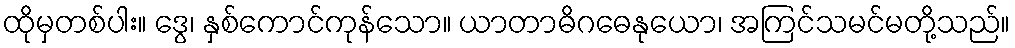
ထိုမှတစ်ပါး။ ဒွေ၊ နှစ်ကောင်ကုန်သော။ ယာတာဓိဂဓေနုယော၊ အကြင်သမင်မတို့သည်။